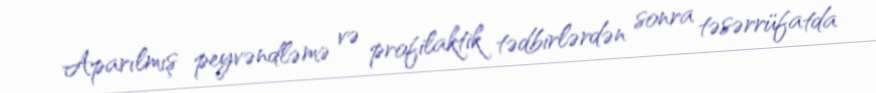
Aparılmış peyvəndləmə və profilaktik tədbirlərdən sonra təsərrüfatda